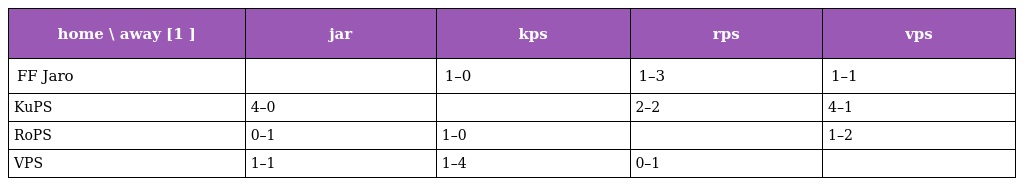
| home \ away [1 ] | jar | kps | rps | vps |
 | --- | --- | --- | --- | --- |
 | FF Jaro |  | 1–0 | 1–3 | 1–1 |
 | KuPS | 4–0 |  | 2–2 | 4–1 |
 | RoPS | 0–1 | 1–0 |  | 1–2 |
 | VPS | 1–1 | 1–4 | 0–1 |  |